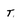
Character: T